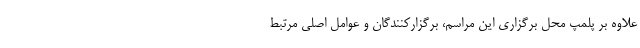
علاوه بر پلمپ محل برگزاری این مراسم، برگزارکنندگان و عوامل اصلی مرتبط